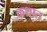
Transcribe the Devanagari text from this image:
कथात